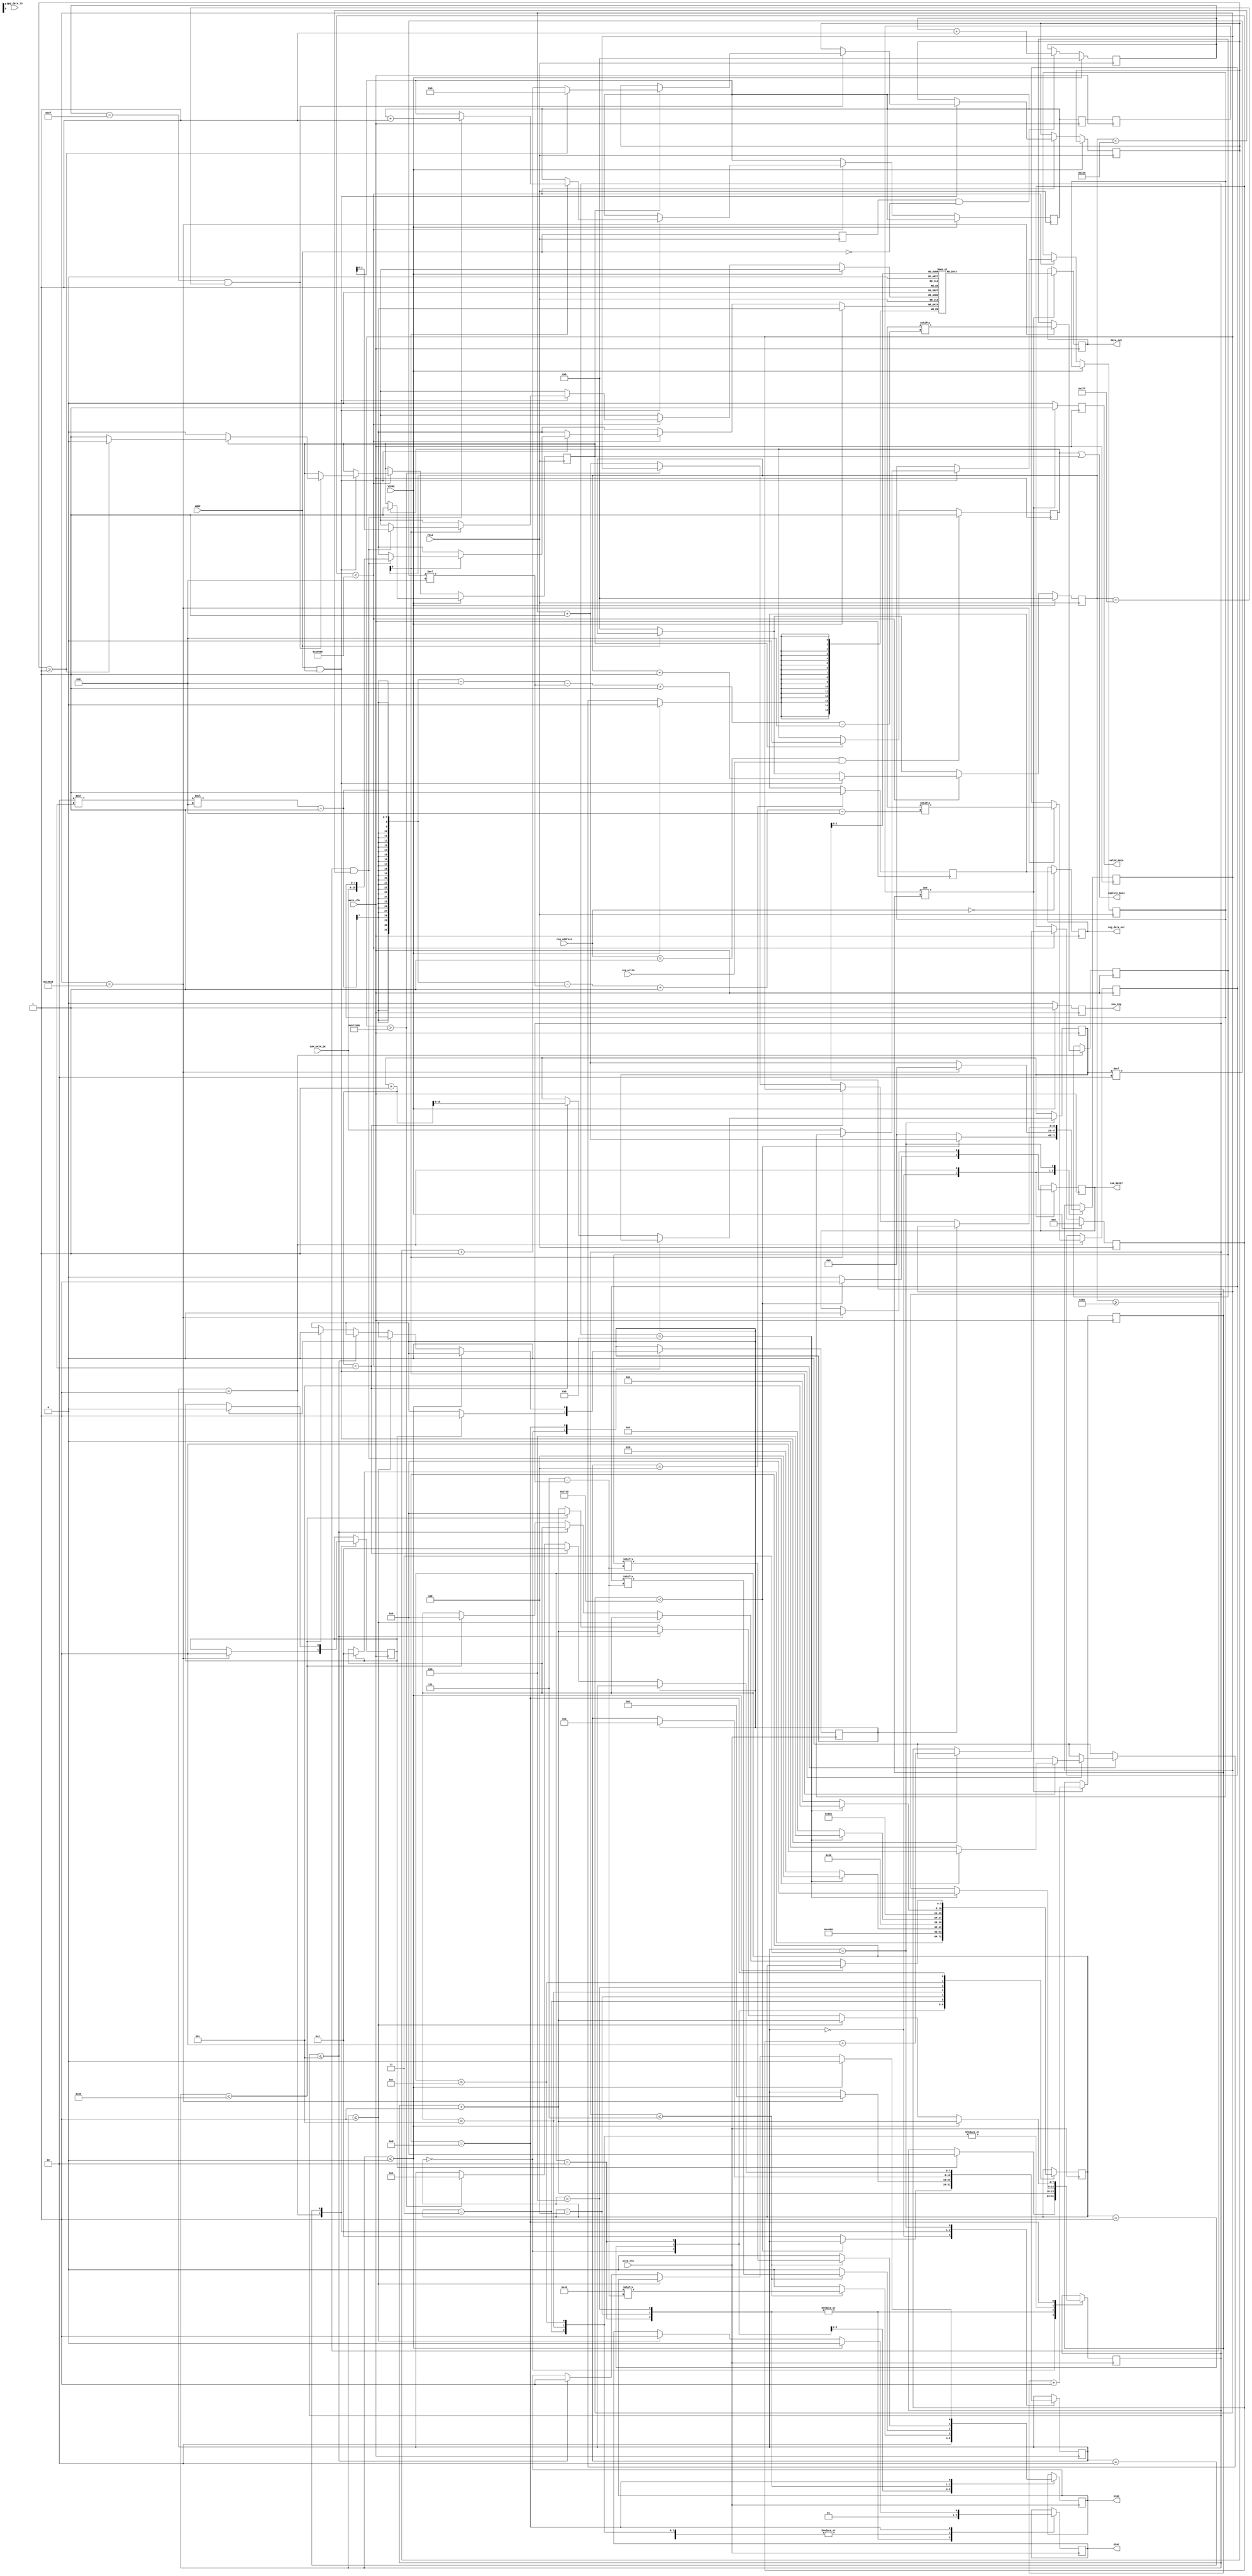
module ov7670_controller(input main_clk, input PCLK, input [7:0] CAM_DATA_IN, input HREF, input VSYNC, output reg CAM_RESET,
                       output reg new_img, output reg valid_data, output reg [15:0] data_out,
                       input sccb_clk, output reg SIOC, output reg SIOD,
                       input [7:0] reg_address, input reg_write, input reg_data_in, output reg reg_data_out, output wire capture_busy);

   reg href_buffer;
   reg vsync_buffer;
   reg [16:0] data_line_read_sync; //reset with the href signal
   reg [16:0] data_column_read_sync;
   reg [19:0] data_address_read;
   reg image_capture_active;
   reg [11:0] capture_counter;
   reg start_capture; //wait for a vsync to start capturing
   reg [7:0] pixel_buf;
   reg [15:0] fifo_pixels[0:7];

   reg [7:0] fifo_write_addr;
   reg [7:0] fifo_write_addr_buffer;
   reg [7:0] fifo_write_addr_buffer_2;
   reg [7:0] fifo_read_addr;

   //main states
   parameter RESET_STATE = 0, WAIT_SEND_PARAM=RESET_STATE+1, WAIT_BUSY = WAIT_SEND_PARAM+1, WAIT_VALID = WAIT_BUSY+1, CAMERA_READY = WAIT_VALID+1;

   reg [7:0] main_state;
   reg [23:0] main_counter;
   //interface with SSCB
   reg [7:0] write_reg_addr;
   reg [7:0] write_reg_data;
   reg sccb_write_commit;
   reg [15:0] current_parameter;

   //SCCB
   localparam [7:0] SEND_ID_WRITE_CONST = 8'h42;
   localparam [7:0] SEND_ID_READ_CONST = 8'h43;
   reg [7:0] send_state;
   reg sccb_busy;
   reg [7:0] send_counter;

   //SSCB states
   parameter IDLE=0, SIOD_ASSERT=IDLE+1, SEND_ID_LOW_WRITE=SIOD_ASSERT+1, SEND_ID_HIGH_WRITE=SEND_ID_LOW_WRITE+1, SEND_REG_ADDR_LOW=SEND_ID_HIGH_WRITE+1,
             SEND_REG_ADDR_HIGH=SEND_REG_ADDR_LOW+1, END_SEND_WRITE_REQ=SEND_REG_ADDR_HIGH+1, SEND_ID_LOW_READ=END_SEND_WRITE_REQ+1, SEND_ID_HIGH_READ=SEND_ID_LOW_READ+1, READ_REG_LOW=SEND_ID_HIGH_READ+1,
             READ_REG_HIGH=READ_REG_LOW+1, SEND_VAL_LOW=READ_REG_HIGH+1, SEND_VAL_HIGH=SEND_VAL_LOW+1, END_SEND_WRITE_VALUE=SEND_VAL_HIGH+1;

   //registers
   reg init_finished;

   //busy == either waiting for a capture or in the middle of a capture
   assign capture_busy = start_capture | image_capture_active;

   initial begin
      data_line_read_sync = 0;
      data_column_read_sync = 0;
      data_address_read = 0;
      image_capture_active = 0;
      capture_counter = 0;
      start_capture = 0;
      fifo_write_addr = 0;
      fifo_write_addr_buffer = 0;
      fifo_write_addr_buffer_2 = 0;
      fifo_read_addr = 0;

      main_state = RESET_STATE;
      main_counter = 0;
      write_reg_addr = 0;
      write_reg_data = 0;
      sccb_write_commit = 0;
      current_parameter = 0;

      send_state = IDLE;
      sccb_busy = 0;
      send_counter = 0;
      init_finished = 0;
   end

   always @(posedge main_clk)
   begin
      //defaults
      valid_data <= 0;

      //sync
      fifo_write_addr_buffer <= fifo_write_addr;
      fifo_write_addr_buffer_2 <= fifo_write_addr_buffer;

      if(VSYNC == 1) begin
         new_img <= 1;
      end else begin
         new_img <= 0;
      end

      //start capture is a start signal, if capture is active, deactivate the start capture signal
      if( image_capture_active == 1) begin
         start_capture <= 0;
      end

      //get data from pclk clock domain, simple dual clock fifo
      if(fifo_write_addr_buffer_2 != fifo_read_addr) begin
         data_out <= fifo_pixels[fifo_read_addr];
         valid_data <= 1;
         fifo_read_addr <= fifo_read_addr + 1;
      end

      //registers handling
      if(reg_address == 0) begin //status
         reg_data_out <= init_finished;
      end
      if(reg_address == 1 && reg_write == 1) begin //start single capture
         start_capture <= 1;
      end

      case (main_state)
      RESET_STATE : begin //reset the camera
         main_counter <= main_counter + 1;
         if(main_counter < 10000) begin
            CAM_RESET <= 1;
         end else begin
            CAM_RESET <= 0;
            main_state <= WAIT_SEND_PARAM;
            main_counter <= 0;
         end

      end
      WAIT_SEND_PARAM: begin //wait a bit before sending param to the camera to allow it to process it
         main_counter <= main_counter + 1;
         if(main_counter == 100000) begin
            write_reg_addr <= camera_params_new[2*NUMBER_CAM_PARAMS_NEW*8-1-current_parameter*2*8 -:8]; //register
            write_reg_data <= camera_params_new[2*NUMBER_CAM_PARAMS_NEW*8-1-8-current_parameter*2*8 -:8]; //data
            sccb_write_commit <= 1;
            CAM_RESET <= 0;
            main_counter <= 0;
            main_state <= WAIT_BUSY;
         end
      end
      WAIT_BUSY : begin
         if(sccb_busy == 1)begin
            main_state <= WAIT_VALID;
            sccb_write_commit <= 0;
         end
      end
      WAIT_VALID : begin
         if (sccb_busy == 0) begin //write finished
            if(current_parameter+1 < NUMBER_CAM_PARAMS_NEW) begin
               current_parameter <= current_parameter + 1; //send next parameter
               main_state <= WAIT_SEND_PARAM;
            end else begin //start a capture
               if(main_counter > 12000000) begin //allow camera to process the config before capture
                  main_state <= CAMERA_READY;
               end else begin
                  main_counter <= main_counter + 1;
               end
            end
         end
      end
      CAMERA_READY : begin //end state, camera ready to capture image
         init_finished <= 1;
      end
      endcase
   end

   //sends the registers to the camera using slow clk
   always @(posedge sccb_clk)
   begin
      case (send_state)
      IDLE : begin
         SIOC <= 1;
         SIOD <= 1;
         if(sccb_write_commit == 1) begin
            send_state <= SIOD_ASSERT;
            SIOD <= 1;
            sccb_busy <= 1;
            send_counter <= 0;
         end
      end
      SIOD_ASSERT : begin
         SIOD <= 0;
         send_state <= SEND_ID_LOW_WRITE; //send camera address
      end
      SEND_ID_LOW_WRITE : begin
         SIOC <= 0;
         if(send_counter <= 7) begin
            SIOD <= SEND_ID_WRITE_CONST[7-send_counter];
         end else begin //9th bit, dont care
            SIOD <= 0;
         end
         send_state <= SEND_ID_HIGH_WRITE;
         send_counter <= send_counter + 1;
      end
      SEND_ID_HIGH_WRITE : begin
         SIOC <= 1;
         if(send_counter == 9) begin
            send_state <= SEND_REG_ADDR_LOW; //send register address
            send_counter <= 0;
         end else begin
            send_state <= SEND_ID_LOW_WRITE;
         end
      end
      SEND_REG_ADDR_LOW: begin
         SIOC <= 0;
         send_state <= SEND_REG_ADDR_HIGH;
         if(send_counter <= 7) begin
            SIOD <= write_reg_addr[7-send_counter];
         end else begin //dont care bit
            SIOD <= 0;
         end
         send_counter <= send_counter + 1;
      end
      SEND_REG_ADDR_HIGH: begin
         SIOC <= 1;
         if(send_counter == 9) begin
            // send_state <= END_SEND_WRITE_REQ; //TO DO A READ NEXT
            send_state <= SEND_VAL_LOW; //send value
            send_counter <= 0;
         end else begin
            send_state <= SEND_REG_ADDR_LOW;
         end
      end
      SEND_VAL_LOW: begin
         SIOC <= 0;
         send_state <= SEND_VAL_HIGH;
         if(send_counter <= 7) begin
            SIOD <= write_reg_data[7-send_counter];
         end else begin //dont care
            SIOD <= 0;
         end
         send_counter <= send_counter + 1;
      end
      SEND_VAL_HIGH: begin
         SIOC <= 1;
         if(send_counter == 9) begin
            send_state <= END_SEND_WRITE_VALUE;
            send_counter <= 0;
         end else begin
            send_state <= SEND_VAL_LOW;
         end
      end
      END_SEND_WRITE_VALUE: begin //end signal
         send_counter <= send_counter + 1;
         if(send_counter <= 0) begin //need to assert siod at 0 before letting sioc at 1
            SIOC <= 0;
            SIOD <= 0;
         end else if(send_counter <= 1) begin
            SIOC <= 1;
         end else if(send_counter <= 5) begin
            SIOD <= 1;
         end else if(send_counter <= 32) begin //wait a bit before next send, for security
            send_state <= IDLE;
            send_counter <= 0;
            sccb_busy <= 0;
         end
      end
      // ////////////////END WRITE REQ, TO DO A READ NEXT (NOT WORKING)
      // END_SEND_WRITE_REQ : begin
      //    send_counter <= send_counter + 1;
      //    if(send_counter <= 0) begin //need to assert siod at 0 before letting sioc at 1
      //       SIOC <= 0;
      //       SIOD <= 0;
      //    end else if(send_counter <= 1) begin
      //       SIOC <= 1;
      //    end else if(send_counter <= 5) begin
      //       SIOD <= 1;
      //    end else if(send_counter <= 100) begin
      //       SIOD <= 0;
      //       send_state <= SEND_ID_LOW_READ;
      //       send_counter <= 0;
      //    end
      // end
      // SEND_ID_LOW_READ : begin
      //    SIOC <= 0;
      //    if(send_counter <= 7) begin
      //       SIOD <= SEND_ID_READ_CONST[7-send_counter];
      //    end else begin //8th bit, dont care
      //       SIOD <= 1;
      //    end
      //    send_state <= SEND_ID_HIGH_READ;
      //    send_counter <= send_counter + 1;
      // end
      // SEND_ID_HIGH_READ : begin
      //    SIOC <= 1;
      //    if(send_counter == 9) begin
      //       send_state <= READ_REG_LOW;
      //       SIOD <= Z;
      //       send_counter <= 0;
      //    end else begin
      //       send_state <= SEND_ID_LOW_READ;
      //    end
      // end
      // READ_REG_LOW : begin
      //    SIOC <= 0;
      //    send_state <= READ_REG_HIGH;
      //    if(send_counter >= 1 && send_counter <= 8) begin
      //       read_data_value[send_counter-1] <= SIOD_recv;
      //    end
      // end
      // READ_REG_HIGH : begin
      //    SIOC <= 1;
      //    SIOD <= Z;
      //    send_state <= READ_REG_LOW;
      //    send_counter <= send_counter + 1;
      //    if(send_counter == 100) begin //this is 9th bit get out
      //       send_state <= IDLE;
      //       SIOD <= 0;
      //       read_valid <= 1;
      //       sccb_busy <= 0;
      //    end
      // end
      default : begin
      end
      endcase
   end

   always @(posedge PCLK)
   begin
      href_buffer <= HREF;
      vsync_buffer <= VSYNC;

      if(href_buffer == 1 && HREF == 0) begin //falling edge, update line counter
         data_line_read_sync <= data_line_read_sync + 1;
      end

      if(HREF == 0) begin
         data_column_read_sync <= 0;
      end

      if(VSYNC == 1) begin //new image, reset all counters
         data_address_read <= 0;
         data_column_read_sync <= 0;
         if(start_capture == 1) begin
            image_capture_active <= 1;
         end
         data_line_read_sync <= 0;

      end else if(data_address_read < 320*240*2)begin //resolution at 2B/pixel
         if(HREF == 1 && image_capture_active == 1)begin //pixels are valid
            data_column_read_sync <= data_column_read_sync + 1;
            if(data_column_read_sync[0] == 1'b0) begin //keep every second pixel in a buffer ==> want to return 16bits full pixel value
               pixel_buf <= CAM_DATA_IN;
            end else if(data_column_read_sync[0] == 2'b1) begin
               if(data_column_read_sync >= 40*2 && data_column_read_sync < 280*2) begin //want 240 width, from 320 resolution ==> truncate borders
                  fifo_pixels[fifo_write_addr] <= {CAM_DATA_IN[7:0], pixel_buf[7:0]}; //all components
                  // fifo_pixels[fifo_write_addr] <= {data_line_read_sync[7:0], data_column_read_sync[7:0]}; //send counters
                  fifo_write_addr <= fifo_write_addr + 1;
               end
            end

            data_address_read <= data_address_read + 1;
            if(data_line_read_sync == 240-1 && data_column_read_sync == 640-1) begin //all pixels sent, reset counters
               if(image_capture_active == 1) begin
                  capture_counter <= capture_counter+1;
                  if(capture_counter >= 1) begin //last capture, deactivate the image capture
                     capture_counter <= 0; //reset counter
                     image_capture_active <= 0;
                  end
               end
            end
         end
      end
   end
endmodule